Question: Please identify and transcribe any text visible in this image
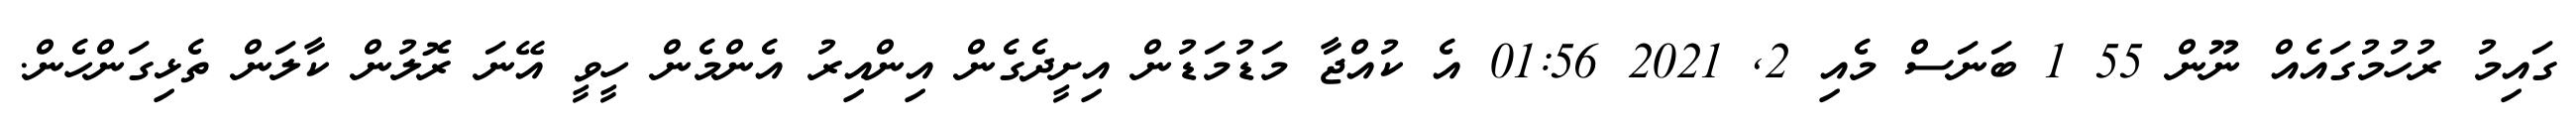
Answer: ގައިމު ރުހުމުގައެއް ނޫން 55 1 ބަނަސް މެއި 2, 2021 01:56 އެ ކުއްޖާ މަޑުމަޑުން އިށީދެގެން އިންއިރު އެންމެން ހީވީ އޭނަ ރޮލުން ކާލަން ތެޅިގަންހެން.